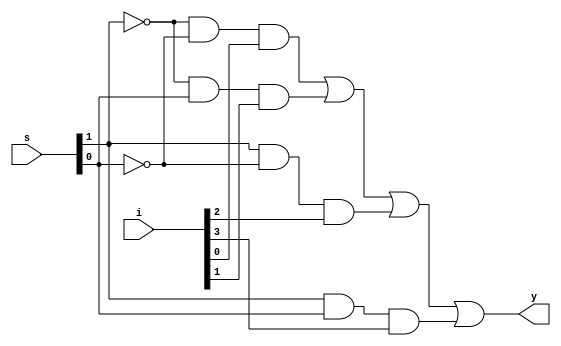
module mux4_1(
    input [3:0] i,
    input [1:0] s,
    output y
    );

assign y = ((~s[1])&(~s[0])&i[0]) | ((~s[1])&(s[0])&i[1]) | ((s[1])&(~s[0])&i[2]) | ((s[1])&(s[0])&i[3]);

endmodule
//______________________________________________________________________________

module d_ff(input d,clk,reset,output reg q
    );
     
     always@(posedge clk,posedge reset)
     begin
	     if(reset)
	        q<=0;
	     else
	    	q<=d;
     end

endmodule

//______________________________________________________________________________

module universal(
    input [3:0] i,
    input [1:0] s,
    input SR,SL,
    input clk,reset,
    output [3:0] A,
    output SR_output,SL_output
    );
     
     wire j1,j2,j3,j4,o1,o2,o3,o4;
     
     mux4_1 m1({i[3],o2,SR,o1},s,j1);
     d_ff b1(j1,clk,reset,o1);
     
     mux4_1 m2({i[2],o3,o1,o2},s,j2);
     d_ff b2(j2,clk,reset,o2);
     
     mux4_1 m3({i[1],o4,o2,o3},s,j3);
     d_ff b3(j3,clk,reset,o3);
     
     mux4_1 m4({i[0],SL,o3,o4},s,j4);
     d_ff b4(j4,clk,reset,o4);
     
     assign SL_output=o1;
     assign SR_output=o4;
     
     assign A[3] = o1&(s[1]&s[0]);
     assign A[2] = o2&(s[1]&s[0]);
     assign A[1] = o3&(s[1]&s[0]);
     assign A[0] = o4&(s[1]&s[0]);


endmodule
//______________________________________________________________________________________